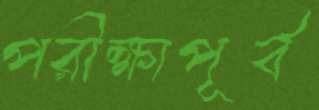
পরীক্ষাপূর্ব